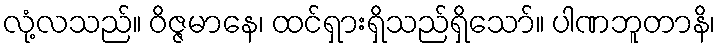
လုံ့လသည်။ ဝိဇ္ဇမာနေ၊ ထင်ရှားရှိသည်ရှိသော်။ ပါဏဘူတာနိ၊